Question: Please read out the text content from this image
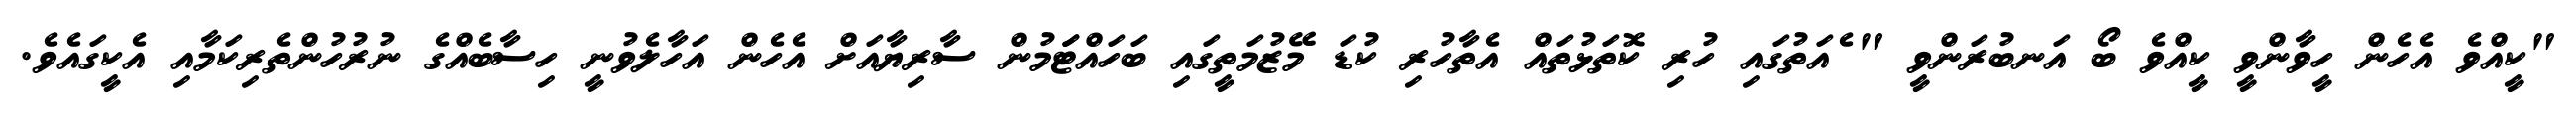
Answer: "ކީއްވެ އެހެން ހީވާންވީ ކީއްވެ ބޯ އަނބުރަންވީ " ެއަތުގައި ހުރި ކޮތަޅުތައް އެތާހުރި ކުޑަ މޭޒުމަތީގައި ބަހައްޓަަމުން ސާރިޔާއަށް އެހެން އަހާލެވުނީ ހިސާބެއްގެ ނުރުހުންތެރިކަމާއި އެކީގައެވެ.